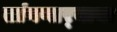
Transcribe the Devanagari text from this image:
सांगणार्‍याया